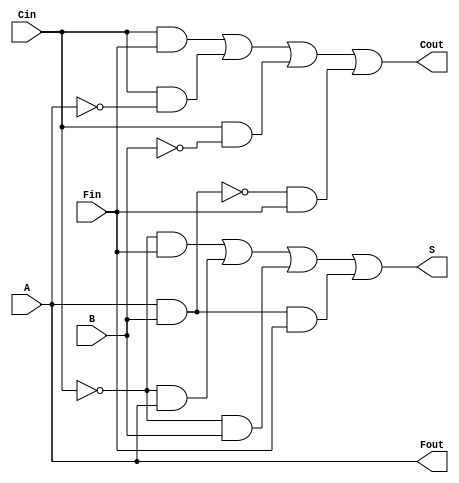
module RCPFA3(
    input A,
    input B,
    input Cin,
    input Fin,
    output Cout,
    output Fout,
    output S
);

assign Fout = A;
assign S = (~Cin & Fin) | (~Cin & A) | (~Cin & B) | (A & B & Fin);
assign Cout = (Cin & Fin) | (Cin & ~A) | (Cin & ~B) | (~(A & B) & Fin);


endmodule